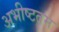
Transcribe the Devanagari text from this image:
अभीष्टतम